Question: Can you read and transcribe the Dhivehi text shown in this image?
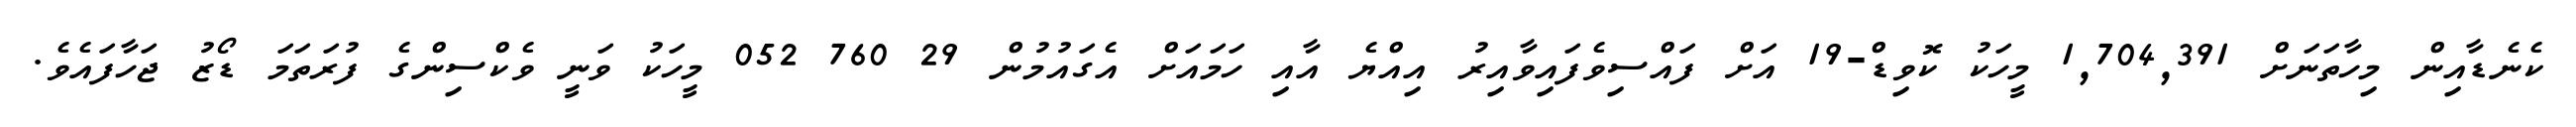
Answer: ކެނެޑާއިން މިހާތަނަށް 1,704,391 މީހަކު ކޮވިޑް-19 އަށް ފައްސިވެފައިވާއިރު އިއްޔެ އާއި ހަމައަށް އެގައުމުން 29 760 052 މީހަކު ވަނީ ވެކްސިންގެ ފުރަތަމަ ޑޯޒު ޖަހާފައެވެ.